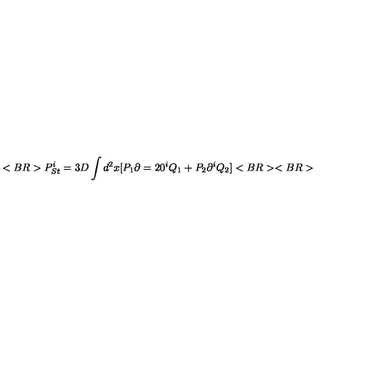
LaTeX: < B R > P _ { S t } ^ { i } = 3 D \int d ^ { 2 } x [ P _ { 1 } \partial = 2 0 ^ { i } Q _ { 1 } + P _ { 2 } \partial ^ { i } Q _ { 2 } ] < B R > < B R >